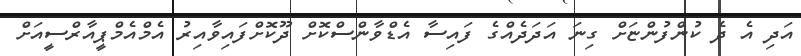
އަދި އެ ދެ ކުންފުންޏަށް ގިނަ އަދަދެއްގެ ފައިސާ އެޑްވާންސްކޮށް ދޫކޮށްފައިވާއިރު އެމްއެމްޕީއާރްސީއަށް